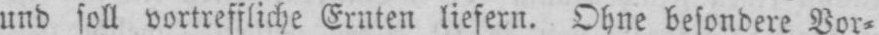
und soll vortreffliche Ernten liefern. Ohne besondere Vor⸗